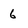
Character: 6